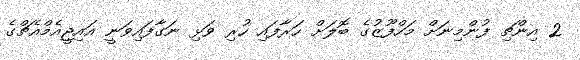
2 އިންޗި ފުންމިނަށް މަހްފޫޒުގެ ބޮލަށް ހަރާފައި ހުރި ވަޅި ނަގާފައިވަނީ އައިޖީއެމްއެޗްގެ